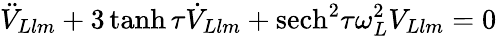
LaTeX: \ddot{V}_{Llm}+3\operatorname{tanh}\tau\dot{V}_{Llm}+\mathrm{sech}^{2}\tau\omega_{L}^{2}V_{Llm}=0